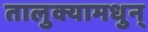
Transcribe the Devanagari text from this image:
तालुक्यामधुन्